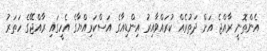
އެންތޮނީ ރާއްޖެ އަށް ދަތުރެއް ކުރައްވާއިރު އިންޑިއާގެ އަސްކަރިއްޔާގެ އެހީގައި ރާއްޖޭގެ ހަތަރު